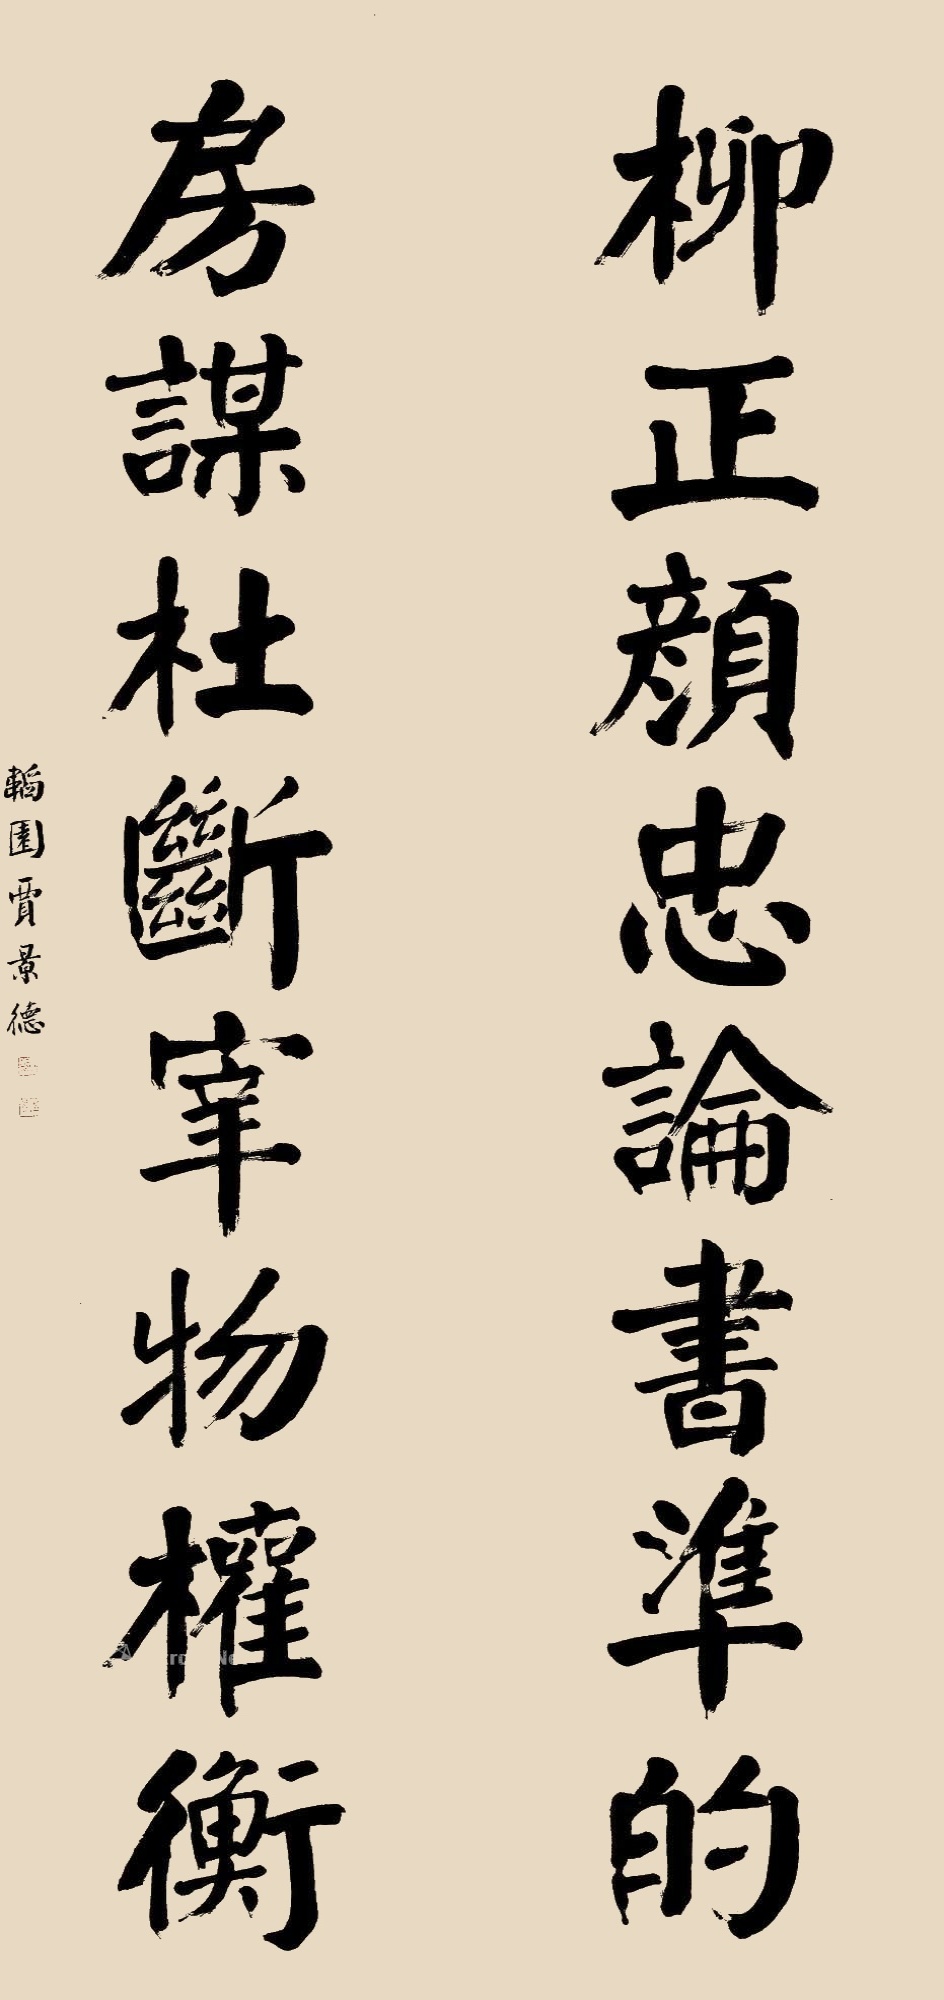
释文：柳正颜忠论书准的，房谋杜断宰物权衡。韬园贾景德。